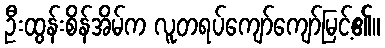
ဦးထွန်းစိန်အိမ်က လူတရပ်ကျော်ကျော်မြင့်၏။